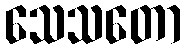
သေသတော